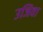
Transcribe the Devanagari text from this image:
उजिवा